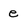
Character: e